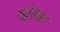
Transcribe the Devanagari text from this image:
स्ट्रेस्सर